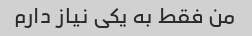
من فقط به یکی نیاز دارم